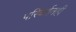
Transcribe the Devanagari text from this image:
परिवर्तनही